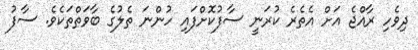
ދިވެހި ރާއްޖެ އަށް އެތެރެ ކުރަނީ ސާފުކޮށްފައި ހުންނަ ތެލުގެ ބާވަތްތަކެވެ. ސާފު